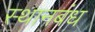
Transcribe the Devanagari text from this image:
स्थानबंध